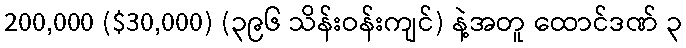
200,000 ($30,000) (၃၉၆ သိန်းဝန်းကျင်) နဲ့အတူ ထောင်ဒဏ် ၃